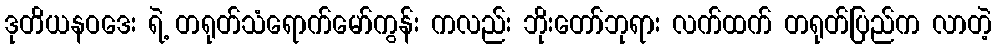
ဒုတိယနဝဒေး ရဲ့ တရုတ်သံရောက်မော်ကွန်း ကလည်း ဘိုးတော်ဘုရား လက်ထက် တရုတ်ပြည်က လာတဲ့